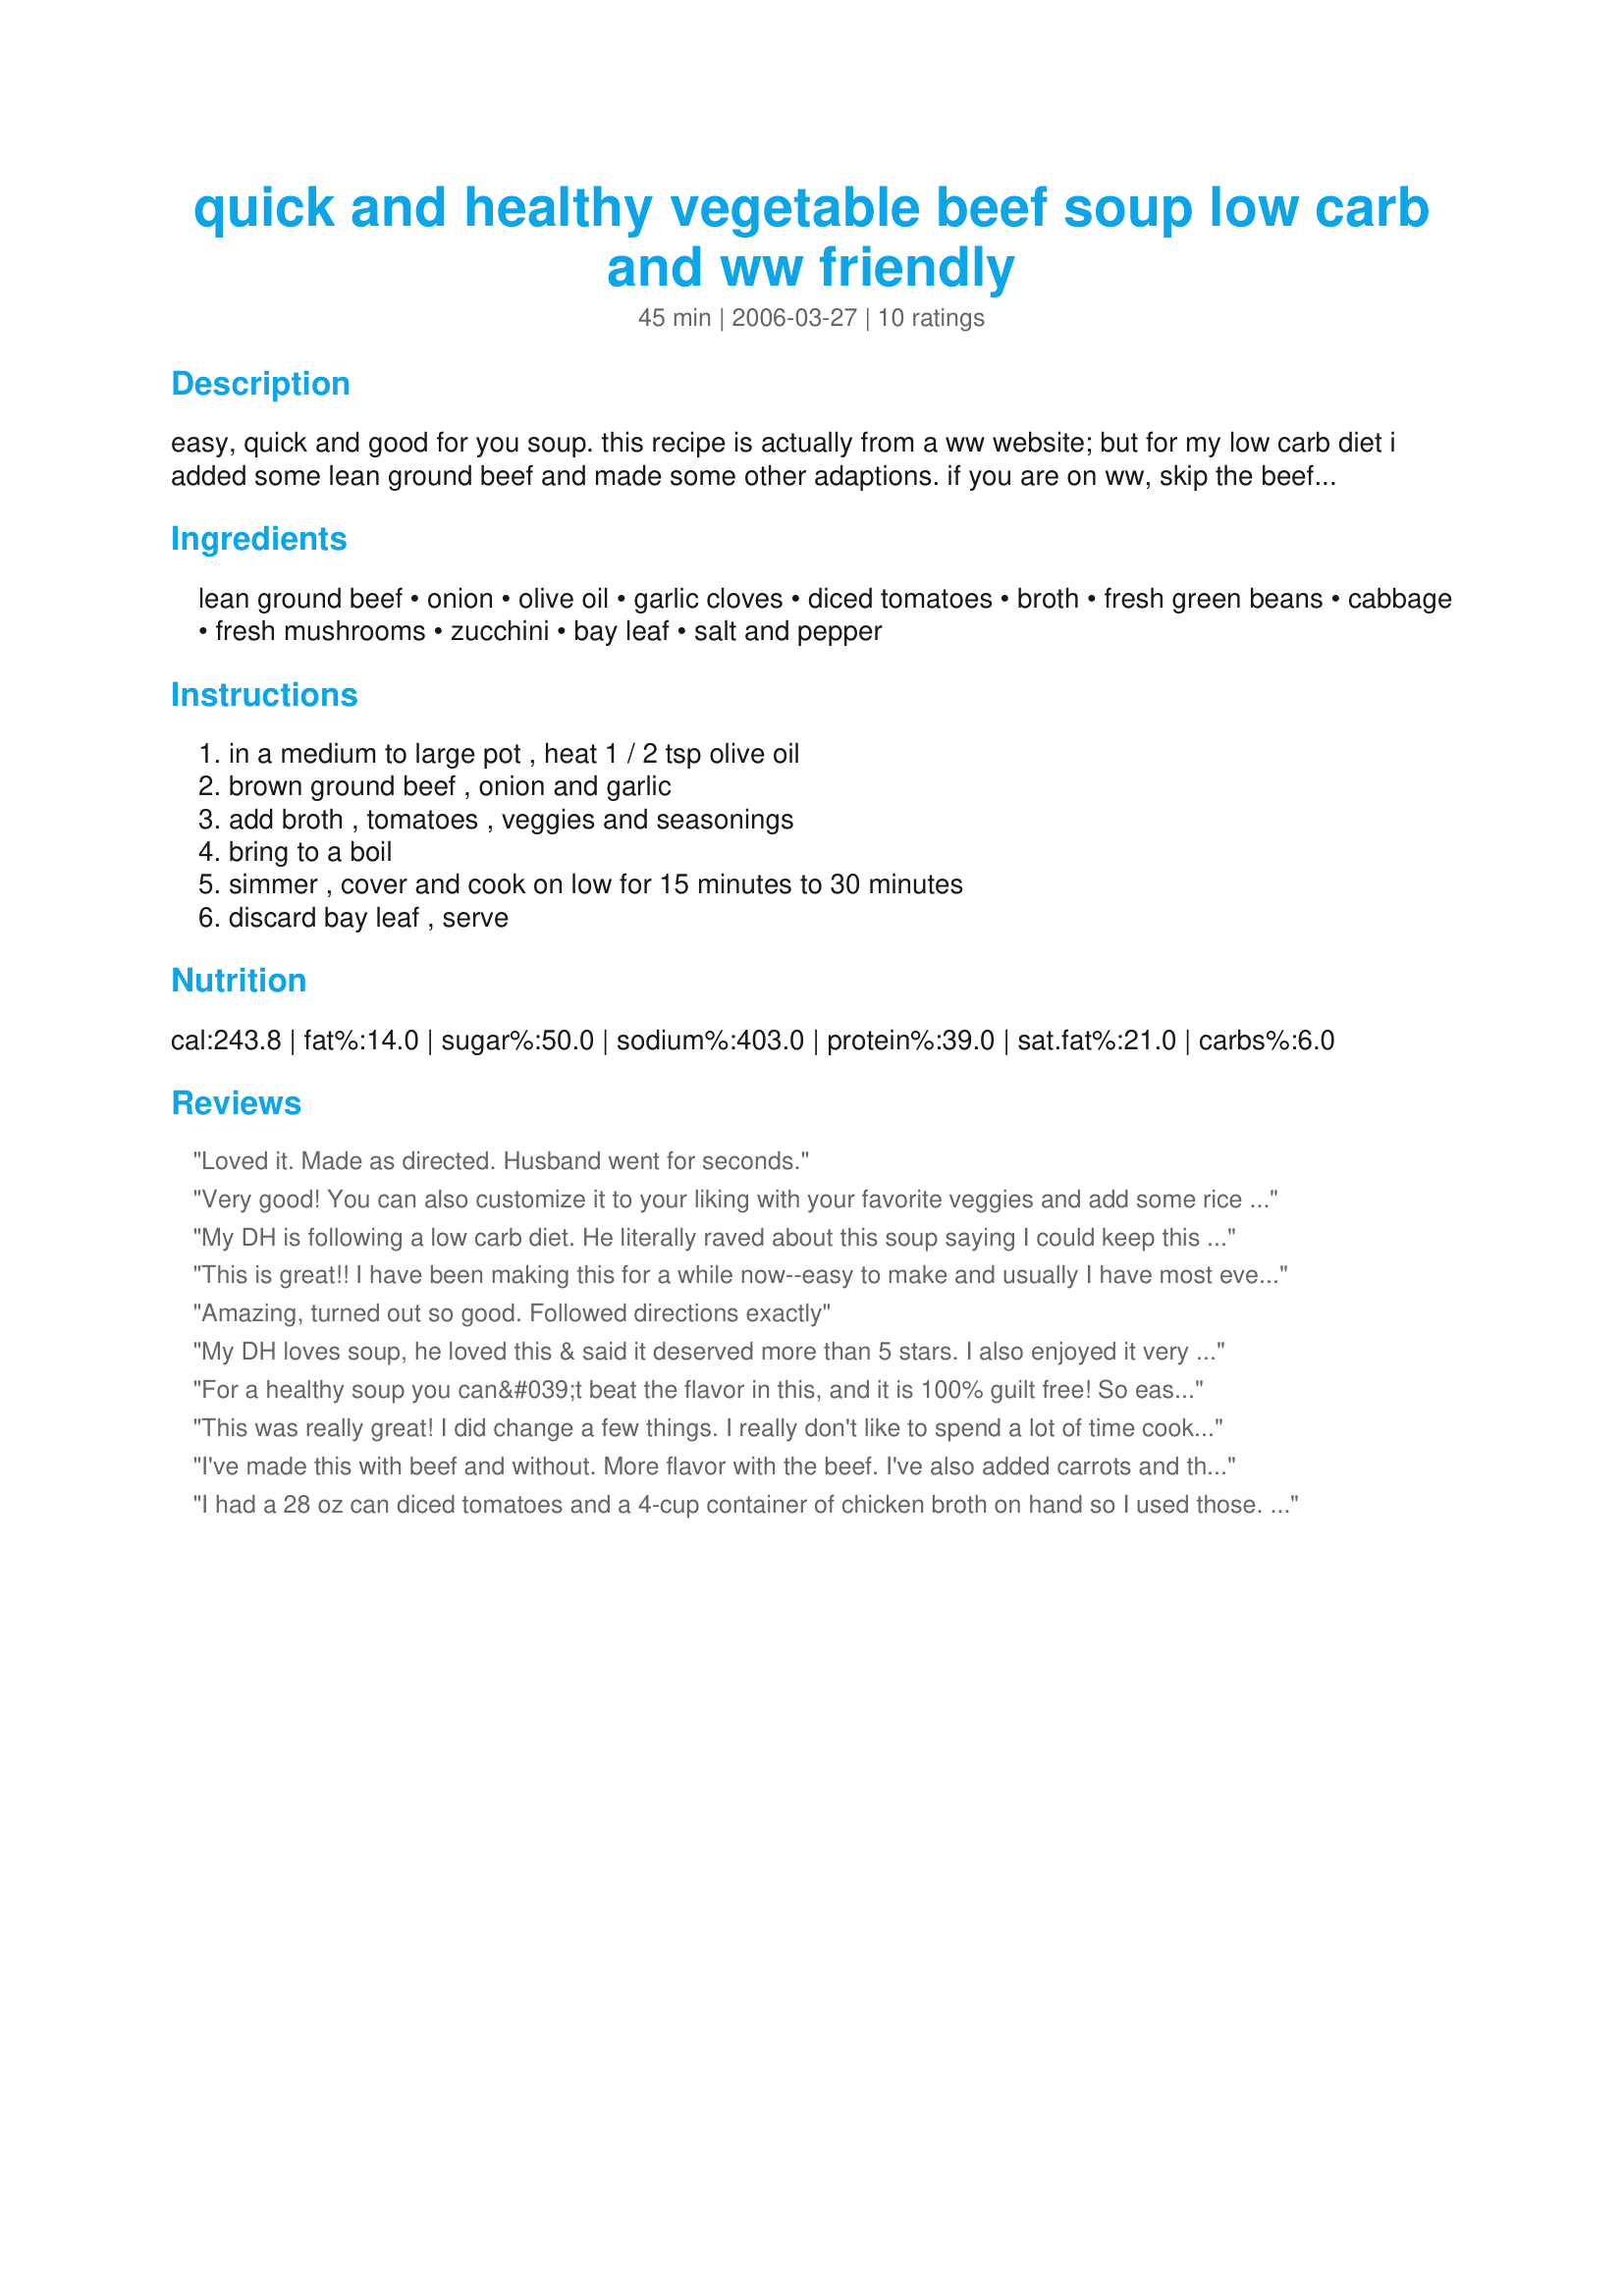
quick and healthy vegetable beef soup low carb and ww friendly
Preparation time: 45 minutes

easy, quick and good for you soup. this recipe is actually from a ww website; but for my low carb diet i added some lean ground beef and made some other adaptions. if you are on ww, skip the beef and it's 0 points per serving. if you are watching your sodium intake, use low sodium broth and no added salt tomatoes.

Ingredients:
lean ground beef, onion, olive oil, garlic cloves, diced tomatoes, broth, fresh green beans, cabbage, fresh mushrooms, zucchini, bay leaf, salt and pepper

Steps:
in a medium to large pot , heat 1 / 2 tsp olive oil, brown ground beef , onion and garlic, add broth , tomatoes , veggies and seasonings, bring to a boil, simmer , cover and cook on low for 15 minutes to 30 minutes, discard bay leaf , serve

Reviews:
Loved it. Made as directed. Husband went for seconds.
Very good! You can also customize it to your liking with your favorite veggies and add some rice and pasta also.
My DH is following a low carb diet. He literally raved about this soup saying I could keep this in the fridg. and he'd eat it every day! I used low sodium, low fat beef broth. Followed the recipe as is except for adding one small carrot and using dried soup mushrooms.
This is great!! I have been making this for a while now--easy to make and usually I have most everything on hand. You can also make this with round steak, browned in the olive oil. A great low carb recipe!!
Amazing, turned out so good. Followed directions exactly
My DH loves soup, he loved this & said it deserved more than 5 stars. I also enjoyed it very much. I used lean ground turkey instead of beef & used chicken broth.That was the only change that I made except I did use my home canned green beans. I will be making this often as it is so good & easy, Plus good for you.
For a healthy soup you can&#039;t beat the flavor in this, and it is 100% guilt free! So easy to change up, too!
This was really great! I did change a few things. I really don't like to spend a lot of time cooking so in case someone else is like me, this is what I did. I like my soups chunky not runny, so I added and extra pound off lean beef, I used a bag of frozen chopped onions that I used to brown the meat with. I used a 28oz can of diced tomatoes (drained). A 28oz can of cut green beans (drained). Also, the recipe didn't mention anything about it it, but I added 1 cup of salsa for more flavor. I like salsa on everything. I also used 4 more oz of mushrooms. I omitted the zucchini,bay leaves, olive oil..This recipe was GREAT and LOW CARB! THANKYOU!
I've made this with beef and without. More flavor with the beef. I've also added carrots and those were delicious as well. I've never had zucchini but I probably wouldn't use it even if I had it. This soup is a keeper!!
I had a 28 oz can diced tomatoes and a 4-cup container of chicken broth on hand so I used those. I didn't have zucchini. It took about one hr. for cabbage to be cooked. Very Good. Both DH and I liked it.
